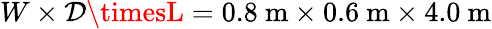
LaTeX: W\times\mathcal{D}\timesL=0.8~\mathrm{{m}}\times0.6~\mathrm{{m}}\times4.0~\mathrm{{m}}